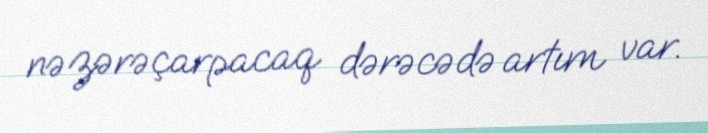
nəzərəçarpacaq dərəcədə artım var.